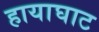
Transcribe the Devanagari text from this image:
हायाघाट